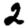
Digit: 2